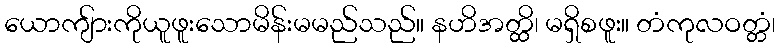
ယောကျ်ားကိုယူဖူးသောမိန်းမမည်သည်။ နဟိအတ္ထိ၊ မရှိစဖူး။ တံကုလဝတ္တံ၊